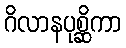
ဂိလာနပုစ္ဆိကာ